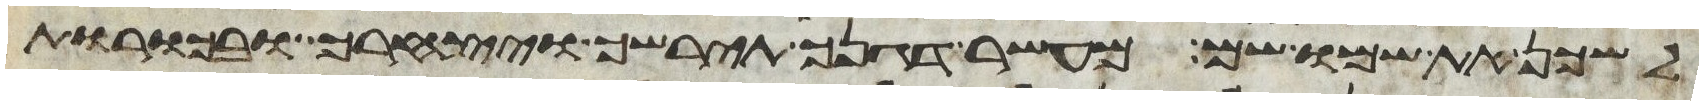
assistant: לשכן את שמו שם מעשר דגנך תירשך ויצהרך ובכורת